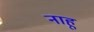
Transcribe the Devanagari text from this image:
नाहू